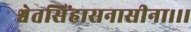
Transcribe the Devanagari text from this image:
श्वेतसिंहासनासीना।।।